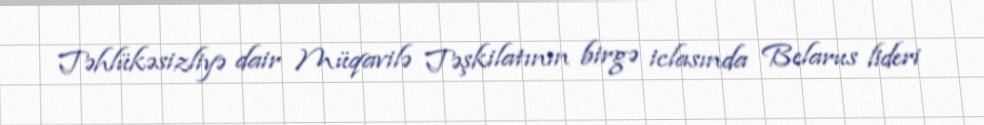
Təhlükəsizliyə dair Müqavilə Təşkilatının birgə iclasında Belarus lideri